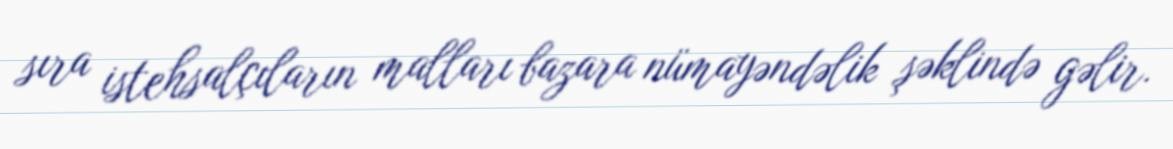
sıra istehsalçıların malları bazara nümayəndəlik şəklində gəlir.